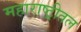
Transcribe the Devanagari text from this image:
महाराष्ट्रीतल